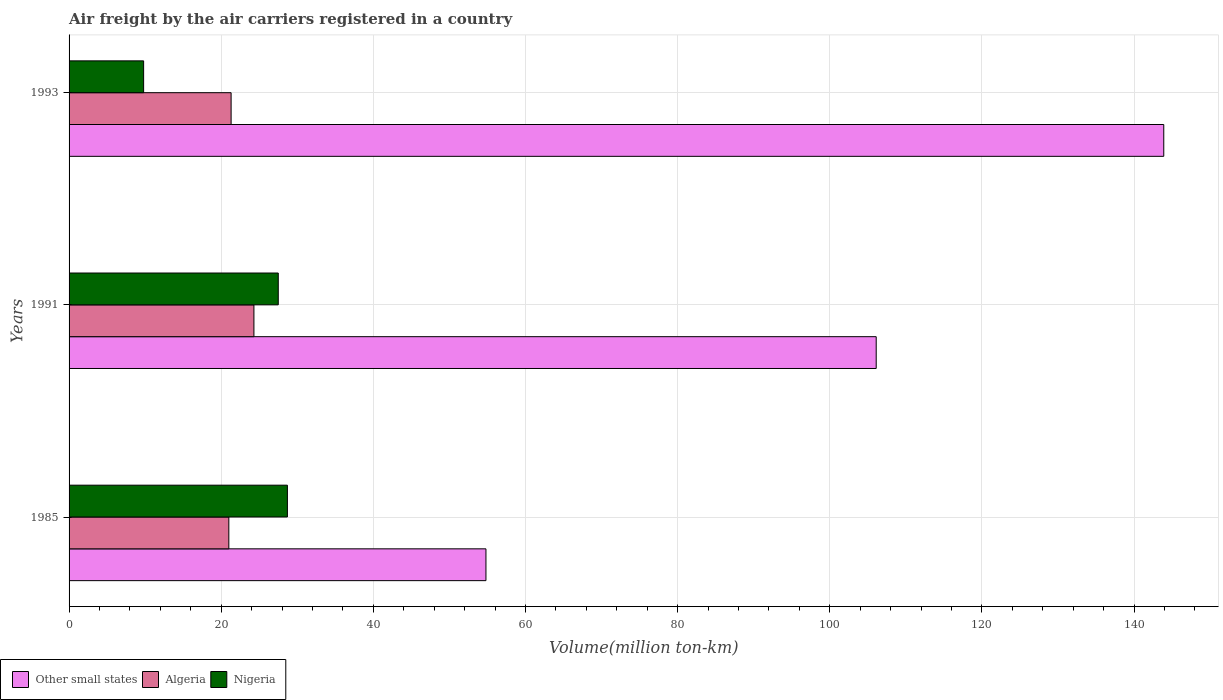
| Years | Other small states | Algeria | Nigeria |
 | --- | --- | --- | --- |
 | 1985 | 54.8 | 21 | 28.7 |
 | 1991 | 106 | 24.3 | 27.5 |
 | 1993 | 144 | 21.3 | 9.8 |